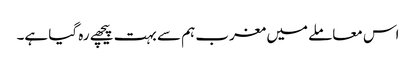
اس معاملے میں مغرب ہم سے بہت پیچھے رہ گیا ہے۔